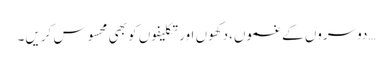
…دوسروں کے غموں،دکھوں اور تکلیفوں کو بھی محسوس کریں۔